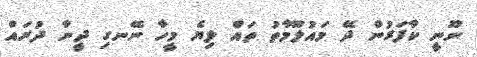
ނޫނީ ކާފަރުން ދޭ މައުލޫމާތު ތައް ލިޔެ މީހާ ނޭނގި ދީނާ ދުރައް